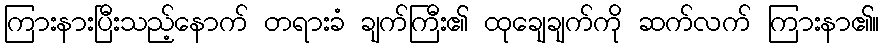
ကြားနားပြီးသည့်နောက် တရားခံ ချက်ကြီး၏ ထုချေချက်ကို ဆက်လက် ကြားနာ၏။